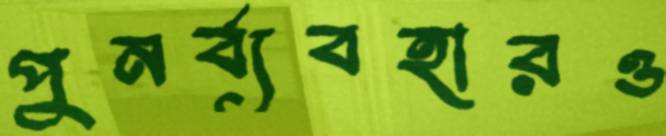
পুনর্ব্যবহারও